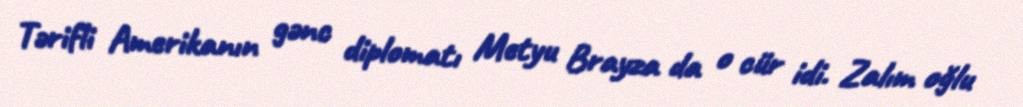
Tərifli Amerikanın gənc diplomatı Metyu Brayza da o cür idi. Zalım oğlu